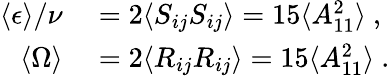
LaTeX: \begin{array}{r}{\begin{array}{rl}{\langle\epsilon\rangle/\nu}&{{}=2\langle S_{ij}S_{ij}\rangle=15\langle A_{11}^{2}\rangle\ ,}\\ {\langle\Omega\rangle}&{{}=2\langle R_{ij}R_{ij}\rangle=15\langle A_{11}^{2}\rangle\ .}\end{array}}\end{array}